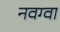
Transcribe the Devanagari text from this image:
नवग्वा